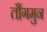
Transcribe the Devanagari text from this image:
तौंगमुन